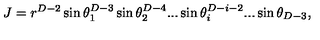
J = r ^ { D - 2 } \sin \theta _ { 1 } ^ { D - 3 } \sin \theta _ { 2 } ^ { D - 4 } . . . \sin \theta _ { i } ^ { D - i - 2 } . . . \sin \theta _ { D - 3 } ,